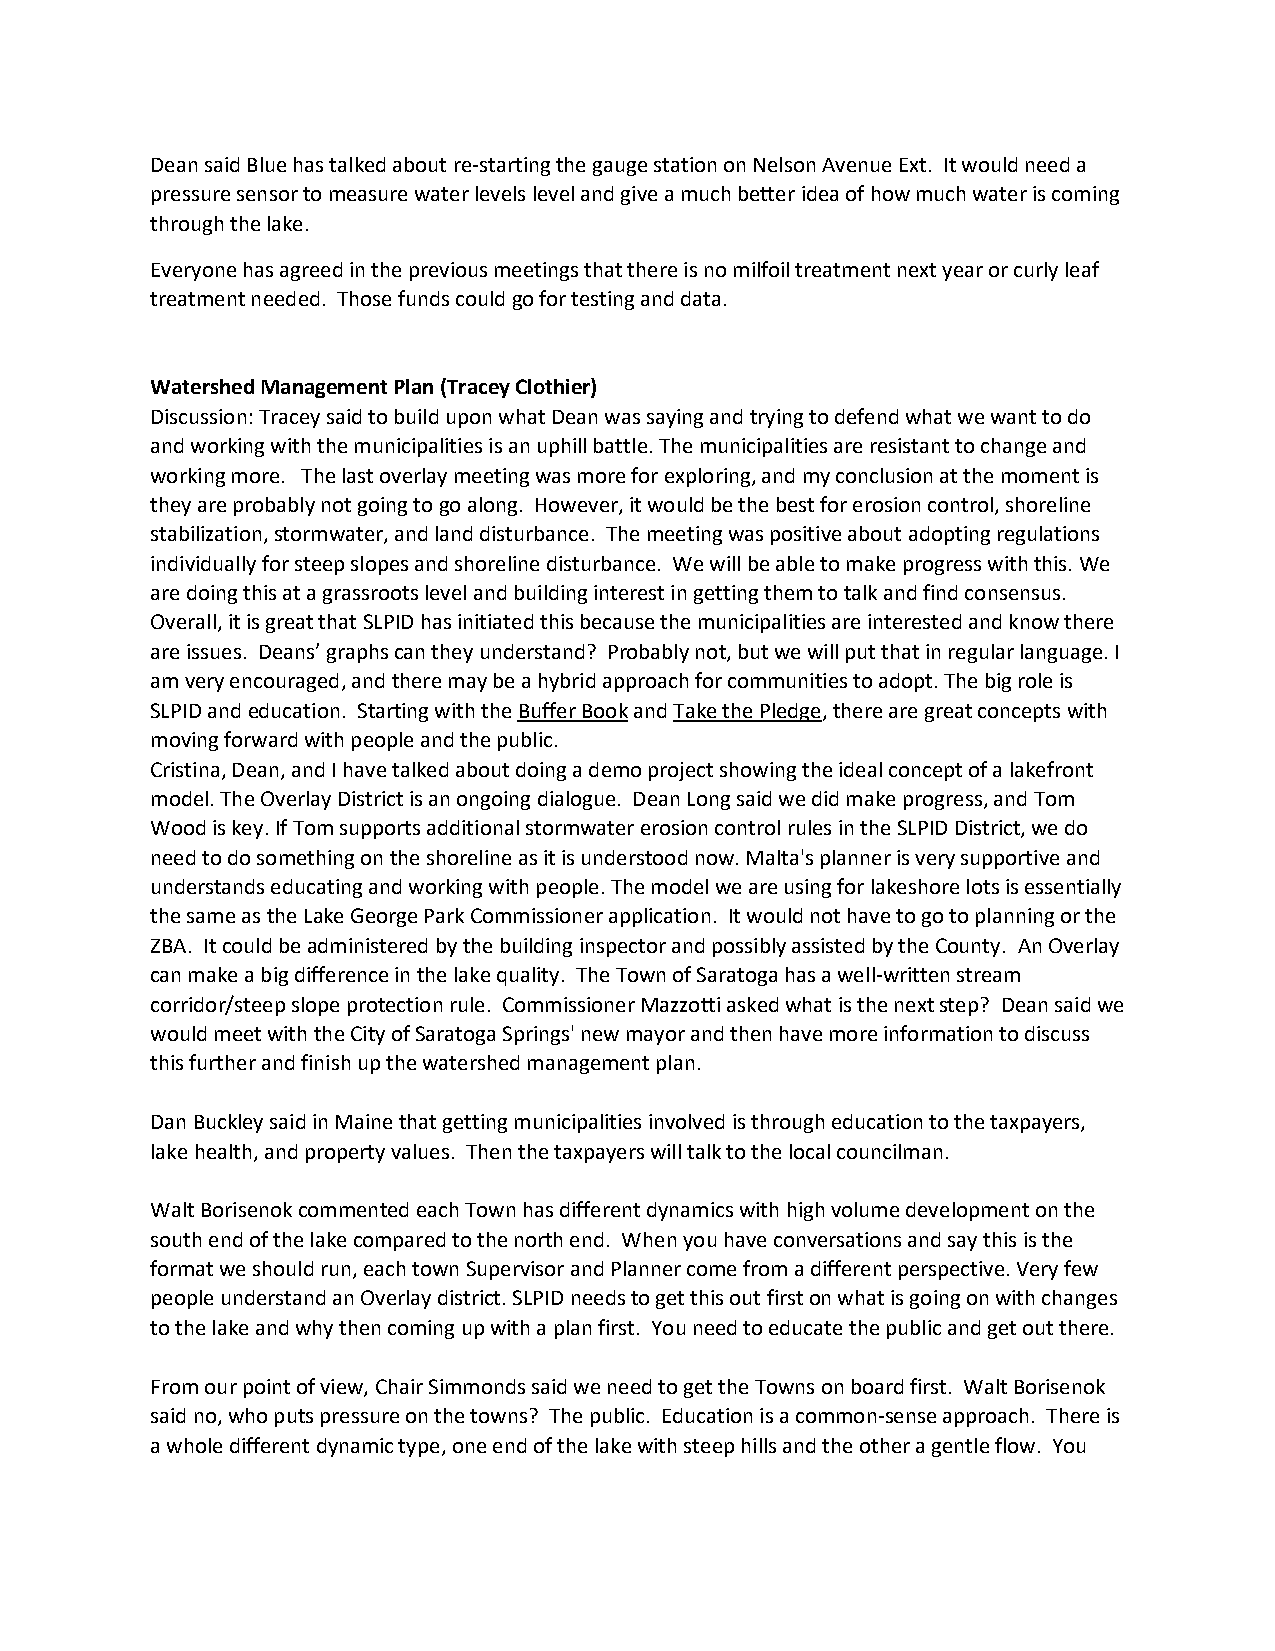
Dean said Blue has talked about re-starting the gauge station on Nelson Avenue Ext. It would need a
 pressure sensor to measure water levels level and give a much better idea of how much water is coming
 through the lake.
 Everyone has agreed in the previous meetings that there is no milfoil treatment next year or curly leaf
 treatment needed. Those funds could go for testing and data.
 Watershed Management Plan (Tracey Clothier)
 Discussion: Tracey said to build upon what Dean was saying and trying to defend what we want to do
 and working with the municipalities is an uphill battle. The municipalities are resistant to change and
 working more. The last overlay meeting was more for exploring, and my conclusion at the moment is
 they are probably not going to go along. However, it would be the best for erosion control, shoreline
 stabilization, stormwater, and land disturbance. The meeting was positive about adopting regulations
 individually for steep slopes and shoreline disturbance. We will be able to make progress with this. We
 are doing this at a grassroots level and building interest in getting them to talk and find consensus.
 Overall, it is great that SLPID has initiated this because the municipalities are interested and know there
 are issues. Deans’ graphs can they understand? Probably not, but we will put that in regular language. I
 am very encouraged, and there may be a hybrid approach for communities to adopt. The big role is
 SLPID and education. Starting with the Buffer Book and Take the Pledge, there are great concepts with
 moving forward with people and the public.
 Cristina, Dean, and I have talked about doing a demo project showing the ideal concept of a lakefront
 model. The Overlay District is an ongoing dialogue. Dean Long said we did make progress, and Tom
 Wood is key. If Tom supports additional stormwater erosion control rules in the SLPID District, we do
 need to do something on the shoreline as it is understood now. Malta's planner is very supportive and
 understands educating and working with people. The model we are using for lakeshore lots is essentially
 the same as the Lake George Park Commissioner application. It would not have to go to planning or the
 ZBA. It could be administered by the building inspector and possibly assisted by the County. An Overlay
 can make a big difference in the lake quality. The Town of Saratoga has a well-written stream
 corridor/steep slope protection rule. Commissioner Mazzotti asked what is the next step? Dean said we
 would meet with the City of Saratoga Springs' new mayor and then have more information to discuss
 this further and finish up the watershed management plan.
 Dan Buckley said in Maine that getting municipalities involved is through education to the taxpayers,
 lake health, and property values. Then the taxpayers will talk to the local councilman.
 Walt Borisenok commented each Town has different dynamics with high volume development on the
 south end of the lake compared to the north end. When you have conversations and say this is the
 format we should run, each town Supervisor and Planner come from a different perspective. Very few
 people understand an Overlay district. SLPID needs to get this out first on what is going on with changes
 to the lake and why then coming up with a plan first. You need to educate the public and get out there.
 From our point of view, Chair Simmonds said we need to get the Towns on board first. Walt Borisenok
 said no, who puts pressure on the towns? The public. Education is a common-sense approach. There is
 a whole different dynamic type, one end of the lake with steep hills and the other a gentle flow. You